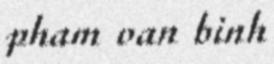
pham van binh